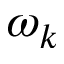
\omega _ { k }